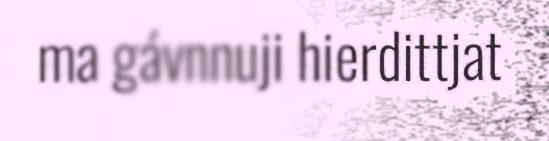
ma gávnnuji hierdittjat